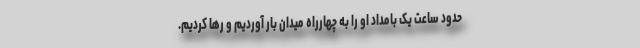
حدود ساعت یک بامداد او را به چهارراه میدان بار آوردیم و رها کردیم.